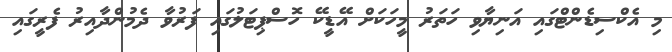
މި އެކްސިޑެންޓްގައި އަނިޔާވި ހަތަރު މީހަކަށް އޭޑީކޭ ހޮސްޕިޓަލުުގައި ފަރުވާ ދެމުންދާއިރު ފެރީގައި